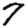
Digit: 7